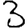
Digit: 3